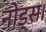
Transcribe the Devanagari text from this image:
नोड्स।